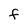
Character: F